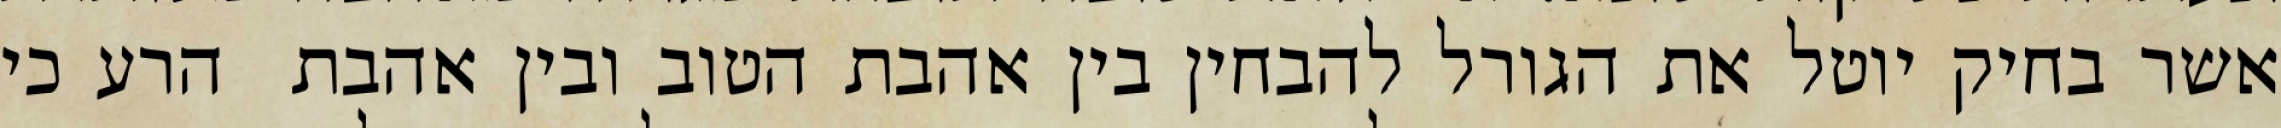
אשר בחיק יוטל את הגורל להבחין בין אהבת הטוב ובין אהבת  הרע כי